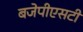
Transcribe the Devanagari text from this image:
बजेपीएसटी